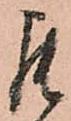
罷